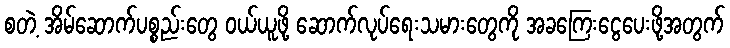
စတဲ့ အိမ်ဆောက်ပစ္စည်းတွေ ဝယ်ယူဖို့ ဆောက်လုပ်ရေးသမားတွေကို အခကြေးငွေပေးဖို့အတွက်